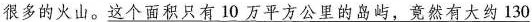
很多的火山。这个面积只有10万平方公里的岛屿，竟然有大约130